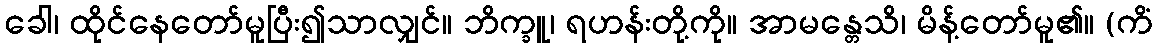
ခေါ၊ ထိုင်နေတော်မူပြီး၍သာလျှင်။ ဘိက္ခူ၊ ရဟန်းတို့ကို။ အာမန္တေသိ၊ မိန့်တော်မူ၏။ (ကိံ